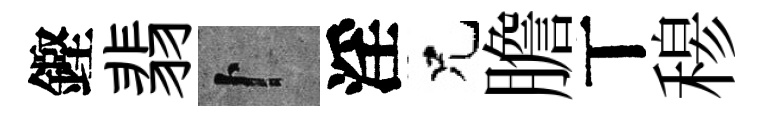
鏗翡卜淫兄膽丅𥠇